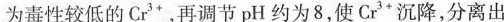
为毒性较低的Cr^{3+}，再调节pH约为8，使Cr^{3+}沉降，分离出